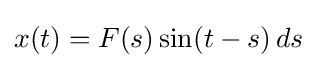
x(t)=F(s)\sin(t-s)\,ds